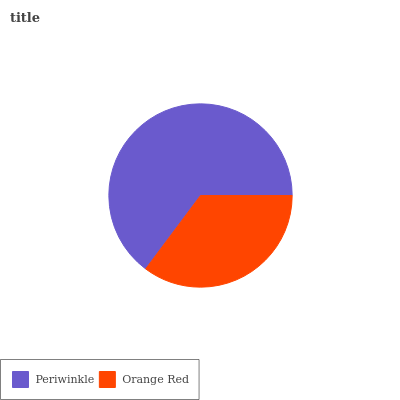
| Periwinkle | Orange Red |
 | --- | --- |
 | 64.8% | 35.2% |